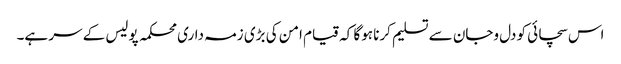
اس سچائی کو دل وجان سے تسلیم کرنا ہوگا کہ قیام امن کی بڑی زمہ داری محکمہ پولیس کے سر ہے۔